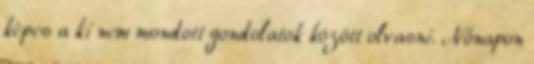
képes a ki nem mondott gondolatok között olvasni. Nőnapon